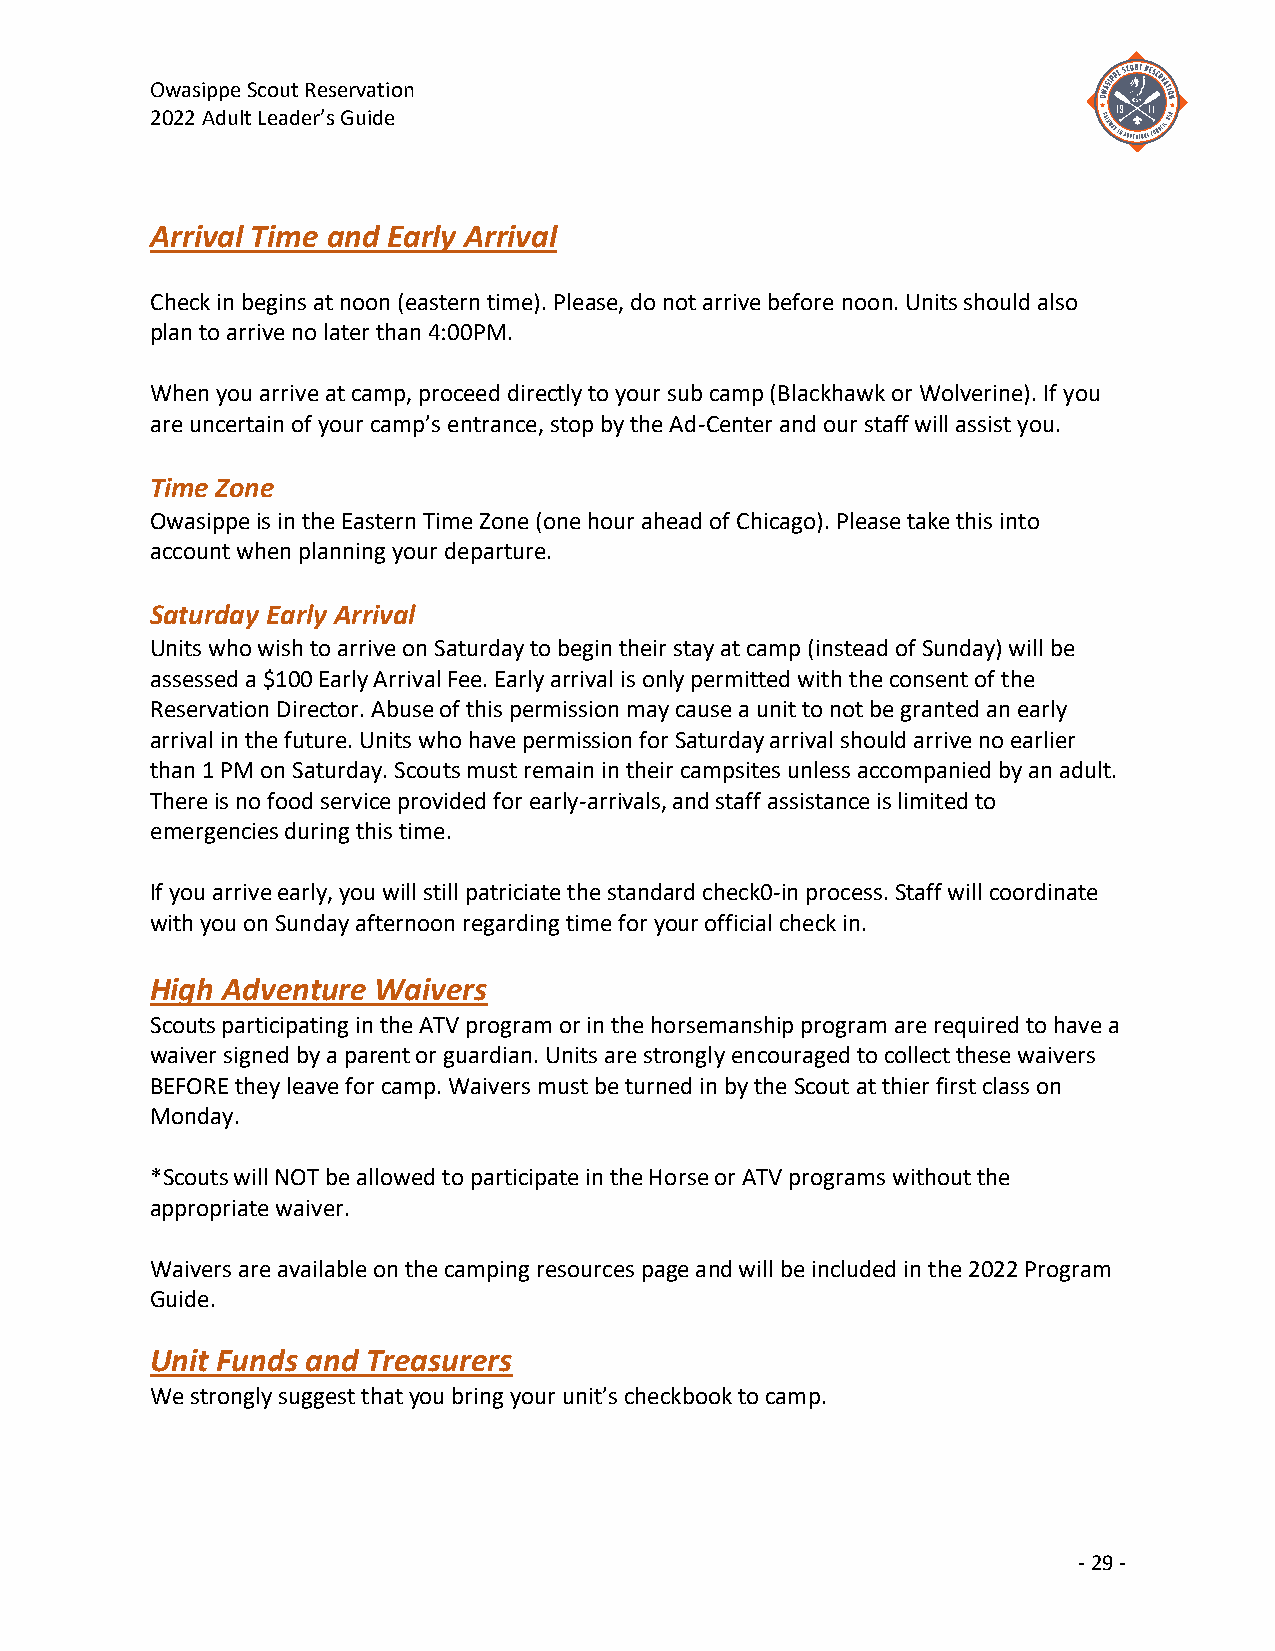
Owasippe Scout Reservation
 2022 Adult Leader’s Guide
 Arrival Time and Early Arrival
 Check in begins at noon (eastern time). Please, do not arrive before noon. Units should also
 plan to arrive no later than 4:00PM.
 When you arrive at camp, proceed directly to your sub camp (Blackhawk or Wolverine). If you
 are uncertain of your camp’s entrance, stop by the Ad-Center and our staff will assist you.
 Time Zone
 Owasippe is in the Eastern Time Zone (one hour ahead of Chicago). Please take this into
 account when planning your departure.
 Saturday Early Arrival
 Units who wish to arrive on Saturday to begin their stay at camp (instead of Sunday) will be
 assessed a $100 Early Arrival Fee. Early arrival is only permitted with the consent of the
 Reservation Director. Abuse of this permission may cause a unit to not be granted an early
 arrival in the future. Units who have permission for Saturday arrival should arrive no earlier
 than 1 PM on Saturday. Scouts must remain in their campsites unless accompanied by an adult.
 There is no food service provided for early-arrivals, and staff assistance is limited to
 emergencies during this time.
 If you arrive early, you will still patriciate the standard check0-in process. Staff will coordinate
 with you on Sunday afternoon regarding time for your official check in.
 High Adventure Waivers
 Scouts participating in the ATV program or in the horsemanship program are required to have a
 waiver signed by a parent or guardian. Units are strongly encouraged to collect these waivers
 BEFORE they leave for camp. Waivers must be turned in by the Scout at thier first class on
 Monday.
 *Scouts will NOT be allowed to participate in the Horse or ATV programs without the
 appropriate waiver.
 Waivers are available on the camping resources page and will be included in the 2022 Program
 Guide.
 Unit Funds and Treasurers
 We strongly suggest that you bring your unit’s checkbook to camp.
 - 29 -